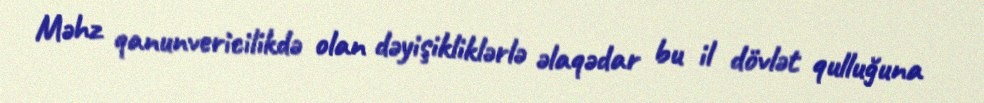
Məhz qanunvericilikdə olan dəyişikliklərlə əlaqədar bu il dövlət qulluğuna